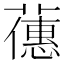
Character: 𬞶